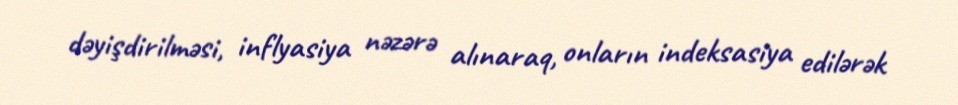
dəyişdirilməsi, inflyasiya nəzərə alınaraq, onların indeksasiya edilərək